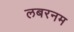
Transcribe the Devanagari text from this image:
लबरनम